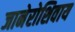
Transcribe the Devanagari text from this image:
जानेरोशिवाय